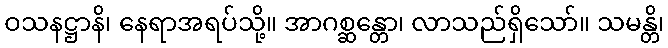
ဝသနဋ္ဌာနိ၊ နေရာအရပ်သို့။ အာဂစ္ဆန္တော၊ လာသည်ရှိသော်။ သမန္တိ၊